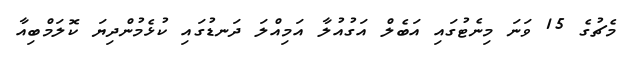
މެޗުގެ 15 ވަނަ މިނެޓުގައި އަބެލް އަގުއުލާ އަމިއްލަ ދަނޑުގައި ކުޅެމުންދިޔަ ކޮލަމްބިއާ